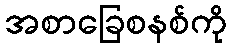
အစာခြေစနစ်ကို